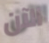
الآن